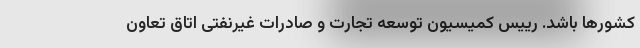
کشورها باشد. رییس کمیسیون توسعه تجارت و صادرات غیرنفتی اتاق تعاون